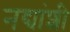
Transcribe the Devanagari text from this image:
नद्यांशी